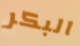
البكر